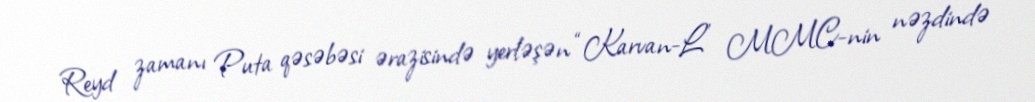
Reyd zamanı Puta qəsəbəsi ərazisində yerləşən “Karvan-L” MMC-nin nəzdində